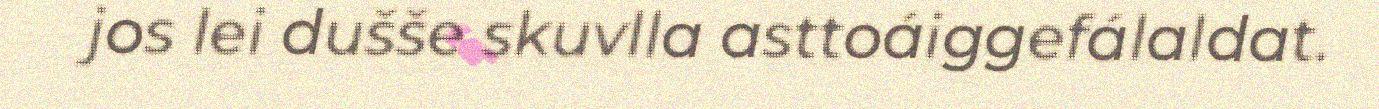
jos lei dušše skuvlla asttoáiggefálaldat.